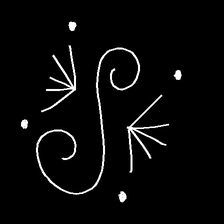
Glyph: aeroform